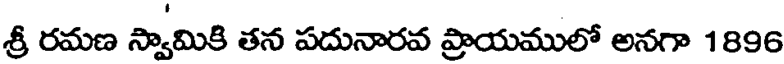
శ్రీ రమణ స్వామికి తన పదునారవ ప్రాయములో అనగా 1896